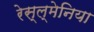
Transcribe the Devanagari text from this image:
रेस्ल्मेनिया